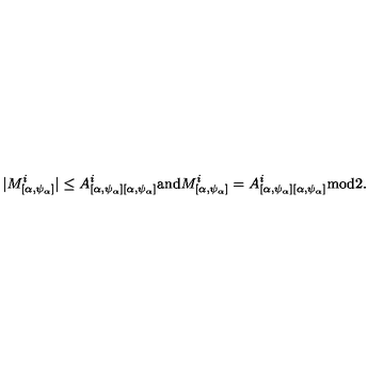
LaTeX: | M _ { [ \alpha , \psi _ { \alpha } ] } ^ { i } | \leq A _ { [ \alpha , \psi _ { \alpha } ] [ \alpha , \psi _ { \alpha } ] } ^ { i } \mathrm { a n d } M _ { [ \alpha , \psi _ { \alpha } ] } ^ { i } = A _ { [ \alpha , \psi _ { \alpha } ] [ \alpha , \psi _ { \alpha } ] } ^ { i } \mathrm { m o d } 2 .